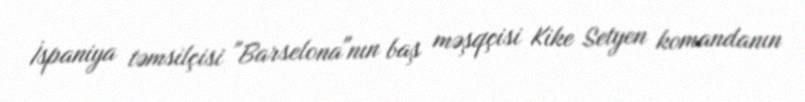
İspaniya təmsilçisi "Barselona"nın baş məşqçisi Kike Setyen komandanın